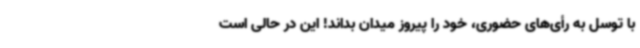
با توسل به رأی‌های حضوری، خود را پیروز میدان بداند! این در حالی است